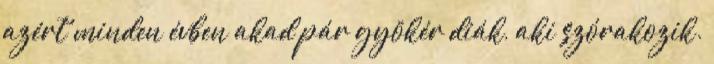
azért minden évben akad pár gyökér diák, aki szórakozik.